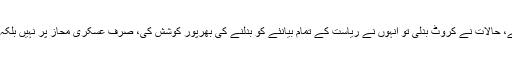
پرویز مشرف طاقتور تھے، حالات نے کروٹ بدلی تو انہوں نے ریاست کے تمام بیانئے کو بدلنے کی بھرپور کوشش کی، صرف عسکری محاز پر نہیں بلکہ نظریاتی خطو ط پر بھی۔